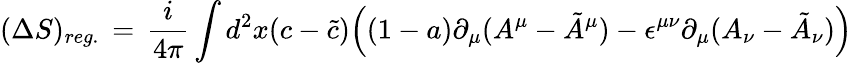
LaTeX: (\Delta S)_{reg.}\, =\, {\frac{i}{4\pi}}\int d^{2}x(c-\tilde{c})\Big((1-a)\partial_{\mu}(A^{\mu}-\tilde{A}^{\mu})-\epsilon^{\mu\nu}\partial_{\mu}(A_{\nu}-\tilde{A}_{\nu})\Big)